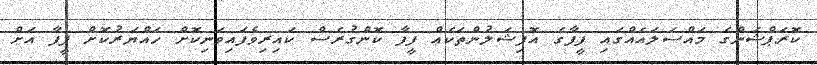
ކޮރަޕްޝަންގެ މައްސަލައެއްގައި ފީފާގެ އޮފިޝަލުންތަކެއް ފީފާ ކޮންގުރެސް ކައިރިވެފައިވަނިކޮށް ހައްޔަރުކޮށް ފީފާ އަށް